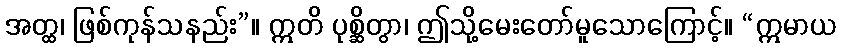
အတ္ထ၊ ဖြစ်ကုန်သနည်း”။ ဣတိ ပုစ္ဆိတွာ၊ ဤသို့မေးတော်မူသောကြောင့်။ “ဣမာယ